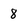
Character: 8